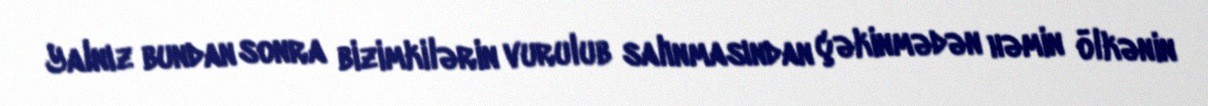
Yalnız bundan sonra bizimkilərin vurulub salınmasından çəkinmədən həmin ölkənin